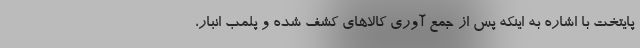
پایتخت با اشاره به اینکه پس از جمع آوری کالاهای کشف شده و پلمب انبار،